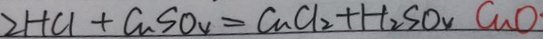
2 H C _ { 1 } + C u S O _ { 4 } = C u C l _ { 2 } + H _ { 2 } S O _ { 4 } C u O